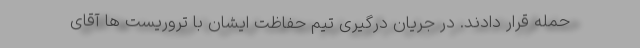
حمله قرار دادند. در جریان درگیری تیم حفاظت ایشان با تروریست ها آقای